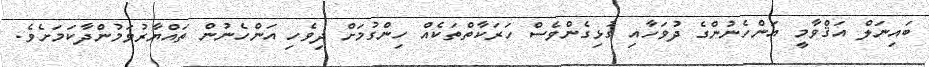
ބައިނަލް އަޤްވާމީ އަންހެނުންގެ ދުވަހާއި ގުޅިގެންވެސް ހަރަކާތްތަކެއް ހިންގުމަށް ދިވެހި އަންހެނުން ތައްޔާރުވަމުންދާކަމަށެވެ.